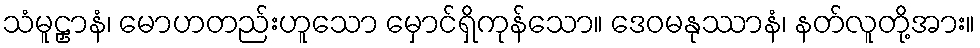
သံမူဠှာနံ၊ မောဟတည်းဟူသော မှောင်ရှိကုန်သော။ ဒေဝမနုဿာနံ၊ နတ်လူတို့အား။